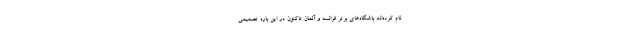
نام کرده‌اند باشگاه‌های برتر فرانسه و آلمان تاکنون در این باره تصمیمی